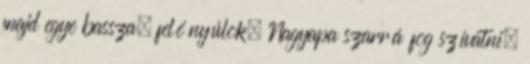
majd egye bassza, felé nyúlok. Nagyapa szarrá fog szívatni,